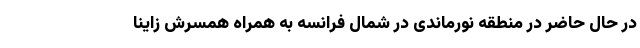
در حال حاضر در منطقه نورماندی در شمال فرانسه به همراه همسرش زاینا